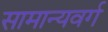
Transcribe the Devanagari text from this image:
सामान्यवर्ग